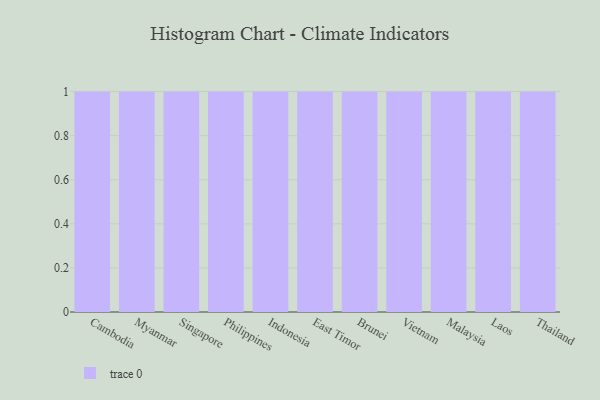
{"axis": {"x": "Country", "y": "Budget (USD K)"}, "legend": [""], "data": [{"x": "Cambodia", "y": 10, "type": ""}, {"x": "Myanmar", "y": 67, "type": ""}, {"x": "Singapore", "y": 99, "type": ""}, {"x": "Philippines", "y": 65, "type": ""}, {"x": "Indonesia", "y": 99, "type": ""}, {"x": "East Timor", "y": 73, "type": ""}, {"x": "Brunei", "y": 14, "type": ""}, {"x": "Vietnam", "y": 64, "type": ""}, {"x": "Malaysia", "y": 14, "type": ""}, {"x": "Laos", "y": 65, "type": ""}, {"x": "Thailand", "y": 28, "type": ""}]}